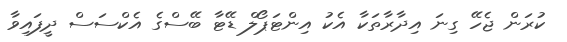
ކުރަން ޖެހޭ ގިނަ އިދާރާތަކާ އެކު އިންޓަޕޯލް ޑޭޓާ ބޭސްގެ އެކްސަސް ދީފައިވާ